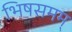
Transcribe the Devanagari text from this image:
भिषसमम्